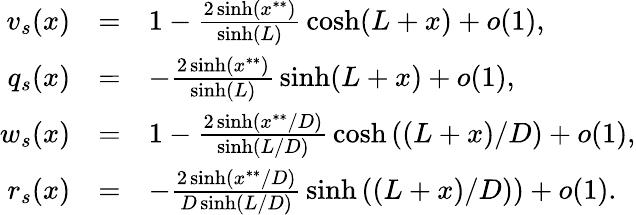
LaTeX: \begin{array}{rclrcl}{v_{s}(x)}&{=}&{1-\frac{2\sinh(x^{**})}{\sinh(L)}\, \cosh(L+x)+o(1),}\\ {q_{s}(x)}&{=}&{-\frac{2\sinh(x^{**})}{\sinh(L)}\, \sinh(L+x)+o(1),}\\ {w_{s}(x)}&{=}&{1-\frac{2\sinh\left(x^{**}/D\right)}{\sinh\left(L/D\right)}\, \cosh\left((L+x)/D\right)+o(1),}\\ {r_{s}(x)}&{=}&{-\frac{2\sinh\left(x^{**}/D\right)}{D\sinh\left(L/D\right)}\, \sinh\left((L+x)/D)\right)+o(1).}\end{array}